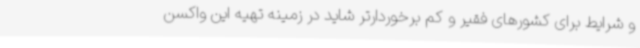
و شرایط برای کشورهای فقیر و کم برخوردارتر شاید در زمینه تهیه این واکسن